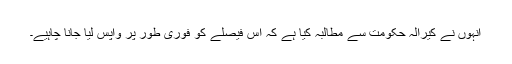
انہوں نے کیرالہ حکومت سے مطالبہ کیا ہے کہ اس فیصلے کو فوری طور پر واپس لیا جانا چاہیے۔